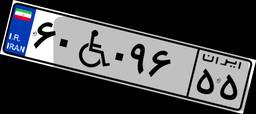
۶۰W۰۹۶۵۵